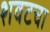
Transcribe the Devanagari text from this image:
शवटचा